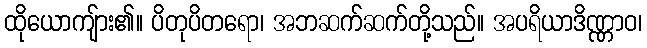
ထိုယောကျ်ား၏။ ပိတုပိတရော၊ အဘဆက်ဆက်တို့သည်။ အပရိယာဒိဏ္ဏာဝ၊